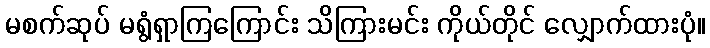
မစက်ဆုပ် မရွံရှာကြကြောင်း သိကြားမင်း ကိုယ်တိုင် လျှောက်ထားပုံ။